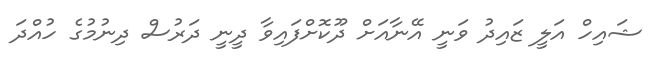
ޝައިހް އަލީ ޒައިދު ވަނީ އޭނާއަށް ދޫކޮށްފައިވާ ދީނީ ދަރުސް ދިނުމުގެ ހުއްދަ